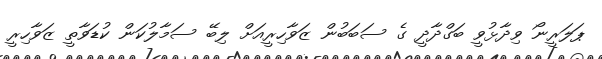
ޕަލަރީނޯ ވިދާޅުވީ ބަގްދާދީ ގެ ސަބަބުން ޒަވާހިރީއަށް ލިބޭ ސަމާލުކަން ކުޑަވާތީ ޒަވާހިރީ